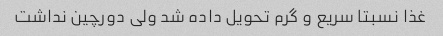
غذا نسبتا سریع و گرم تحویل داده شد ولی دورچین نداشت